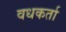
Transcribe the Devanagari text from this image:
वधकर्ता